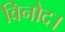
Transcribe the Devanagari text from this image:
विनोद।